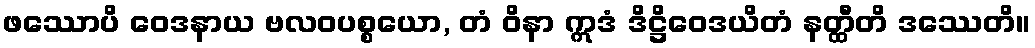
ဖဿောပိ ဝေဒနာယ ဗလဝပစ္စယော, တံ ဝိနာ ဣဒံ ဒိဋ္ဌိဝေဒယိတံ နတ္ထီတိ ဒဿေတိ။